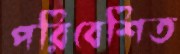
পরিবেশিত